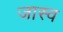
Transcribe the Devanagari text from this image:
जास्व